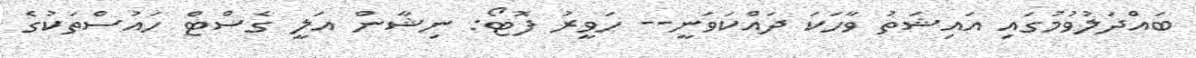
ބައްދަލުވުމުގައި އައިޝަތު ވާހަކަ ދައްކަވަނީ-- ހަވީރު ފޮޓޯ: ނިޝާން އަލީ ގެސްޓް ހައުސްތަކުގެ